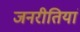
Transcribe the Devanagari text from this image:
जनरीतियां